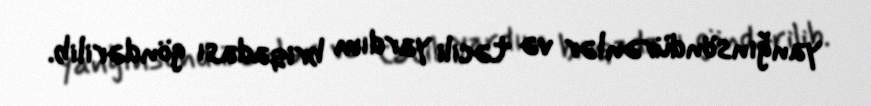
yanğınsöndürənlər və təcili yardım briqadası göndərilib.